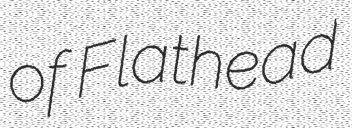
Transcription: of Flathead